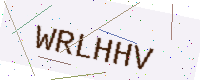
Text: WRLHHV